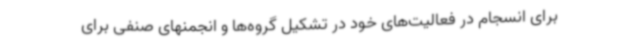
برای انسجام در فعالیت‌های خود در تشکیل گروه‌ها و انجمنهای صنفی برای